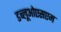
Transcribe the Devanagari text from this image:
डब्लूओएसएम